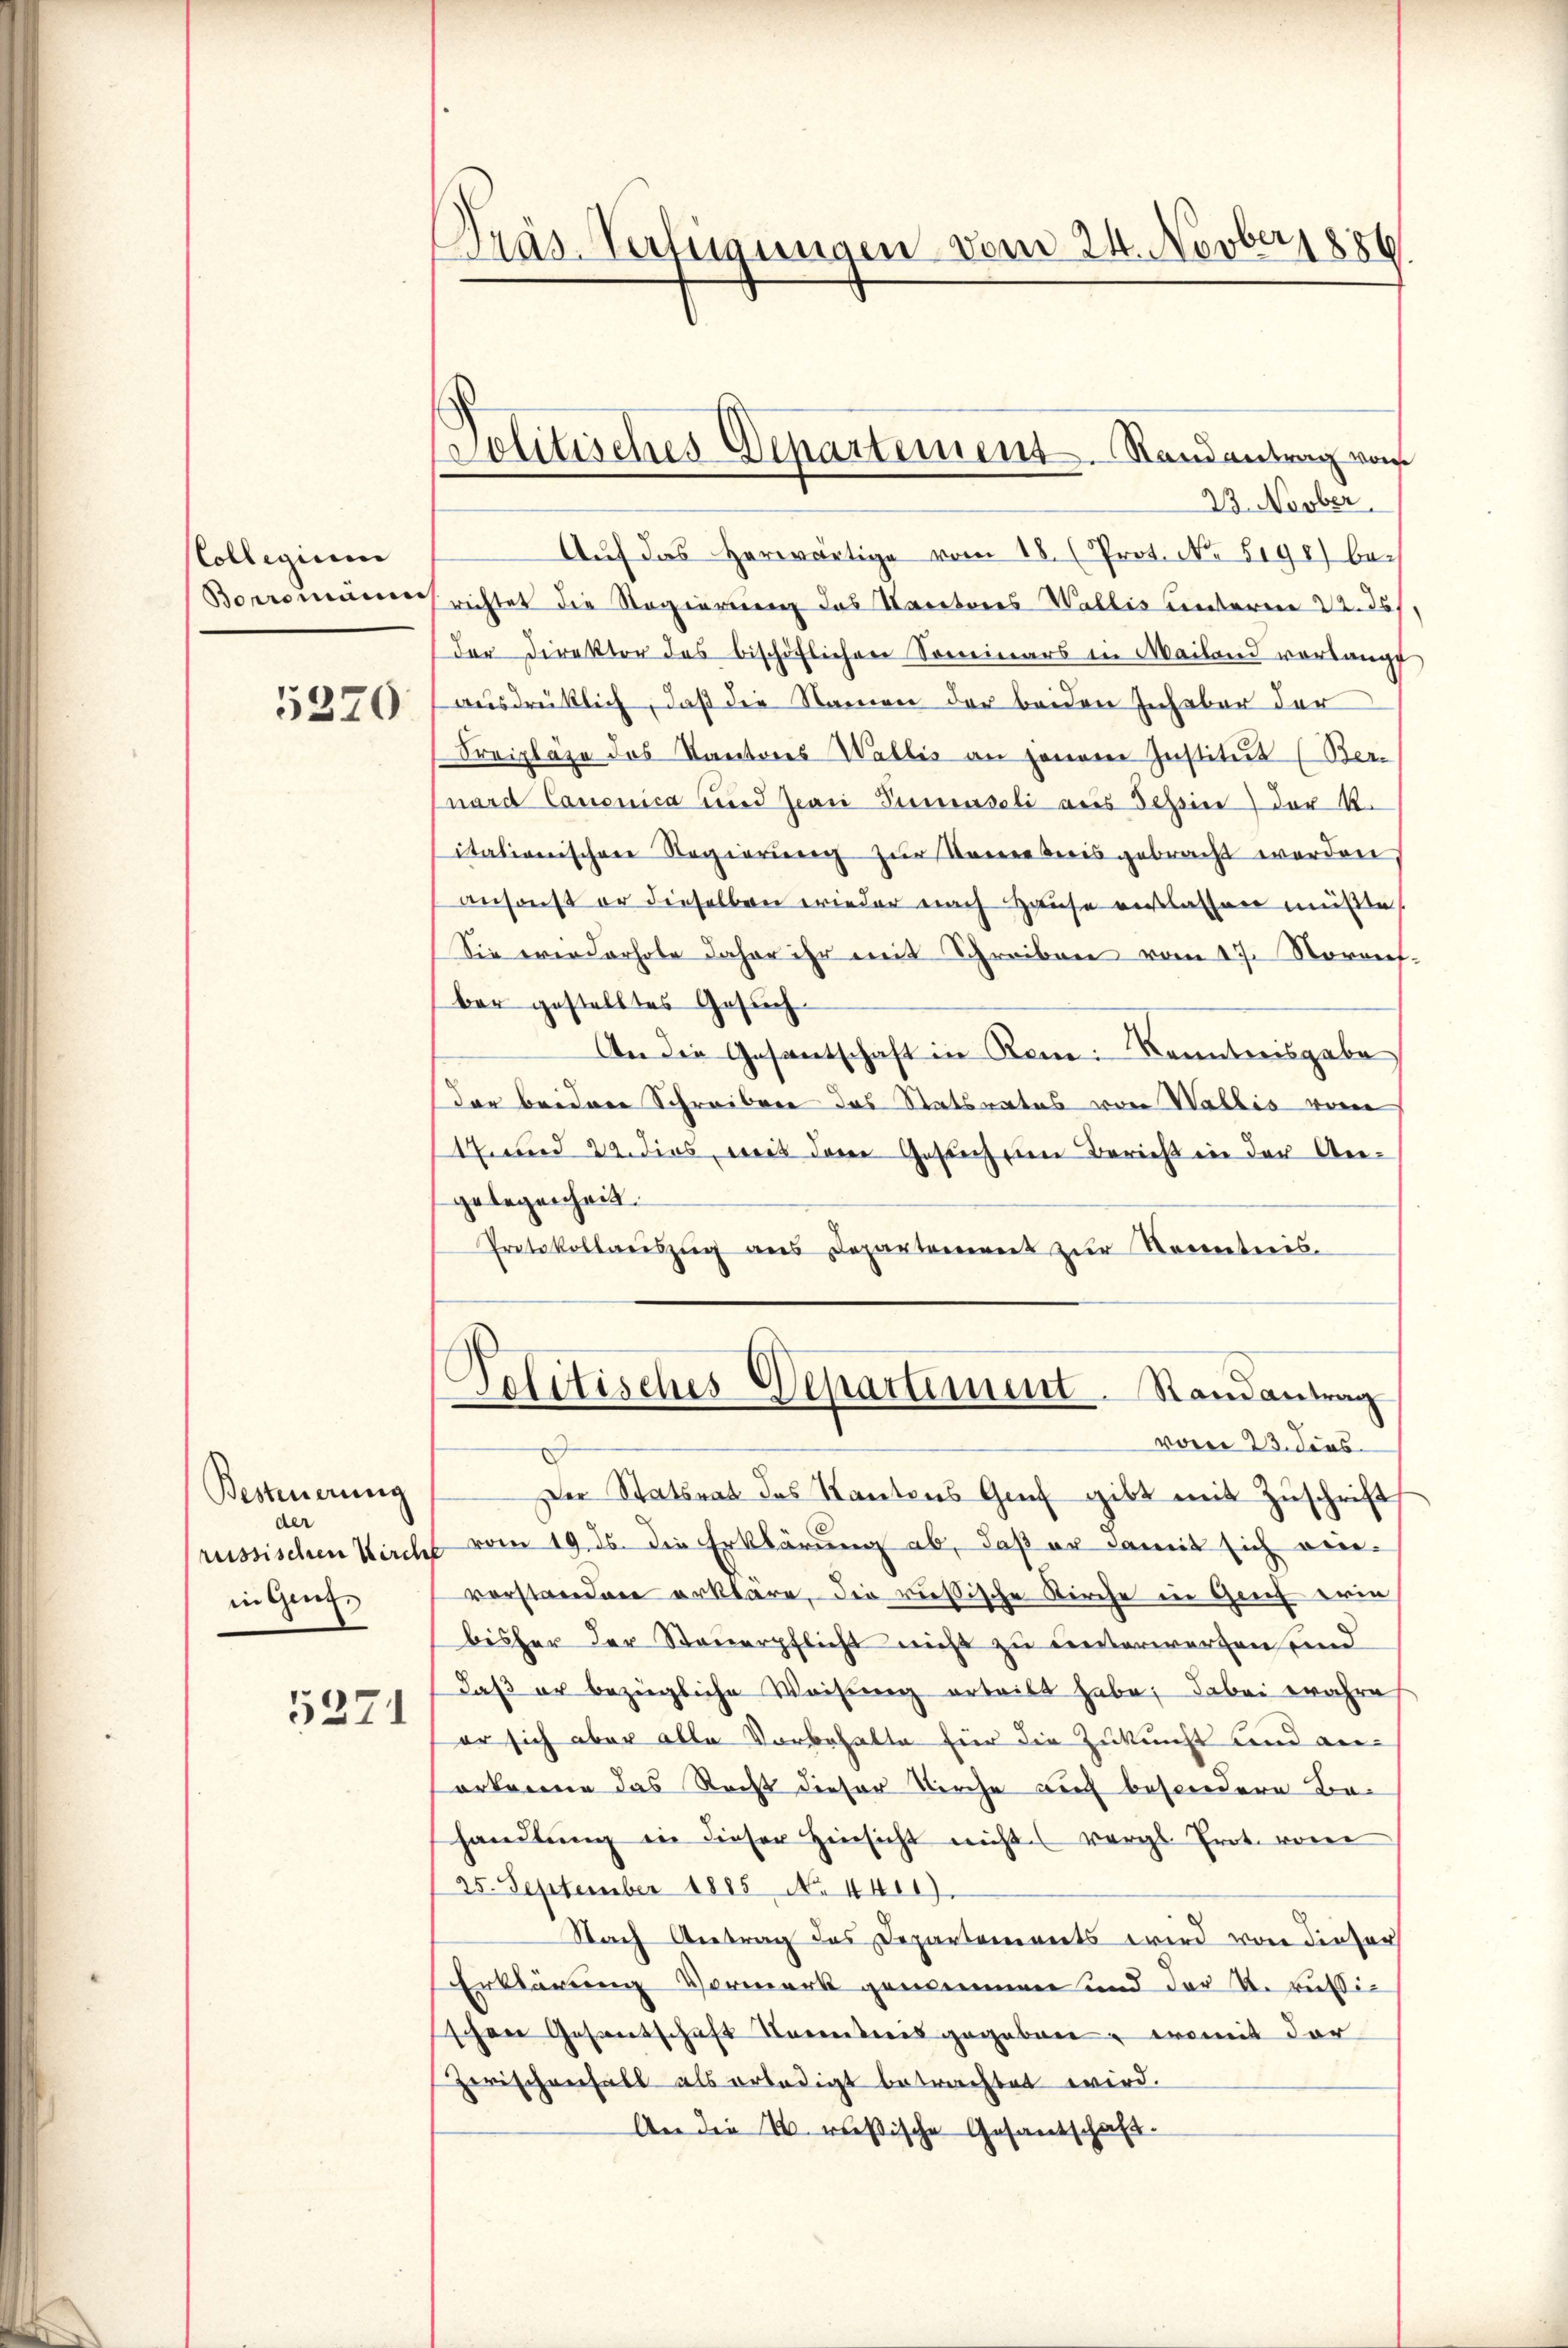
CCollegium
5370

Besteuerung
der
in Genf,
5271

Präs-Verfügungen vom 24. Novber 1886.

Politisches Departement. Randantrag vom
23. Novber.

Auf das herwärtige vom 18. (Prot. No. 5196) be¬
Borronumerichtet die Regierung das Nanetores Wallis unterm 22. ds.
der Direktor des bischöflichen Soneinars in Mailand vorlangt
ausdrücklich, daß die Namen der beiden Inhaber der
Freipläge des Kantons Wallis an jenem Institut (Ber
nard Canonica und Zwei Pumaseli aus Tessin der K.
itationischen Regierung zur Verere Kreis gebracht werden
ansonst er dieselben wieder nach Hause anlassen müßte,
Sie erinderhole daher ihr mit Schreiben vom 17. Novenet.
ber gestelltes Gesuch
An die Gesantschaft in Rome Kenntnisgabe
der beidern Schreiben das Statsrates von Wallis vom
47 und 22. dies, mit dem Gesuch in Bericht in der Angelegenheit.
Protokollaŭszŭg ans Departement zŭr Kenntnis.
E
Politisches Departement. Randantrag
vom 23. dens
Der Statsrat des Kantons Genf gibt mit Zuschrift
russischen Kircht vom 19. ds. die Erklärung ab, daß er damit sich ein-
vorstanden erkläre, die russische Kirche in Genf erin
bisher der Steuerpflicht nicht zu unterworfen sind
daβ er bezügliche Weisung erteilt habe; dabei wahre
er sich aber alle Vorbehalte für die Zukunft und anerkenne das Recht dieser Kirche auch besondere Behandlŭng in dieser Hinsicht nicht vergl. Prot. vom
25. September 1885 N. 4411).
Nach Antrag des Departements wird von dieser
Erklärung Vormerk genomme und der K. Russischen Gesantschaft Serentris gegeben, womit der
Zerischenfall als erledigt betrachtet wird.
An die u. resische Gesantschaft.